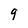
Character: 9